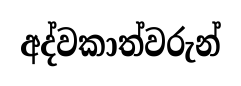
අද්වකාත්වරුන්